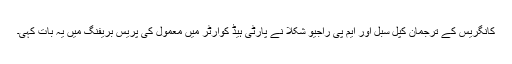
کانگریس کے ترجمان کپّل سبل اور ایم پی راجیو شکلا نے پارٹی ہیڈ کوارٹر میں معمول کی پریس بریفنگ میں یہ بات کہی۔